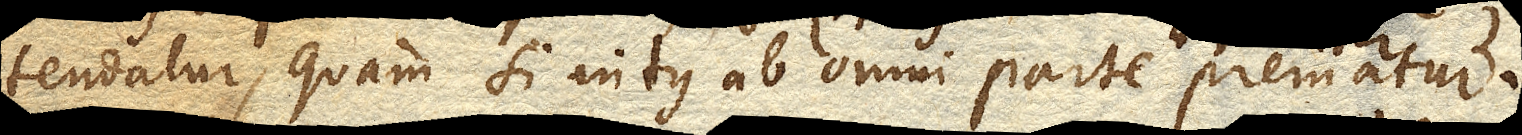
tendatur, quam si intus ab omni parte prematur.